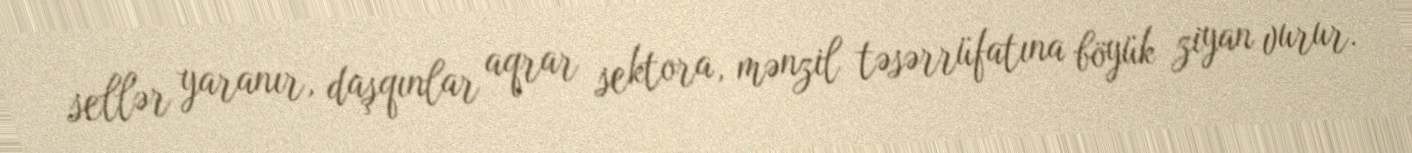
sellər yaranır, daşqınlar aqrar sektora, mənzil təsərrüfatına böyük ziyan vurur.